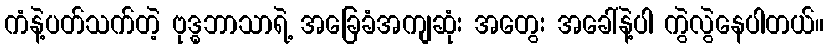
ကံနဲ့ပတ်သက်တဲ့ ဗုဒ္ဓဘာသာရဲ့ အခြေခံအကျဆုံး အတွေး အခေါ်နဲ့ပါ ကွဲလွဲနေပါတယ်။